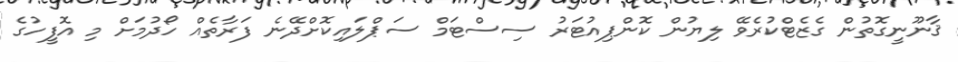
ޤާނޫނީގޮތުން ގެޒެޓްކުރެވޭ ލިޔުން ކޮންޕިއުޓަރު ސިސްޓަމް ސަޕްލައިކޮށްދޭނެ ފަރާތެއް ހޯދުމަށް މި އޮފީހުގެ